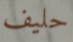
حليف